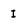
Character: I